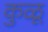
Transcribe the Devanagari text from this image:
कुळू